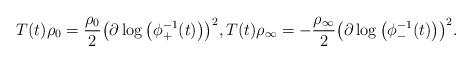
LaTeX: \begin{gather*}T(t)\rho_0=\frac{\rho_0}{2}\big(\partial \log \big(\phi_+^{-1}(t)\big)\big)^2,T(t)\rho_{\infty}=-\frac{\rho_{\infty}}{2}\big(\partial \log \big(\phi_-^{-1}(t)\big)\big)^2.\end{gather*}